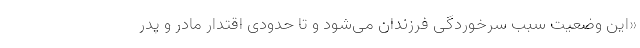
«این وضعیت سبب سرخوردگی فرزندان می‌شود و تا حدودی اقتدار مادر و پدر